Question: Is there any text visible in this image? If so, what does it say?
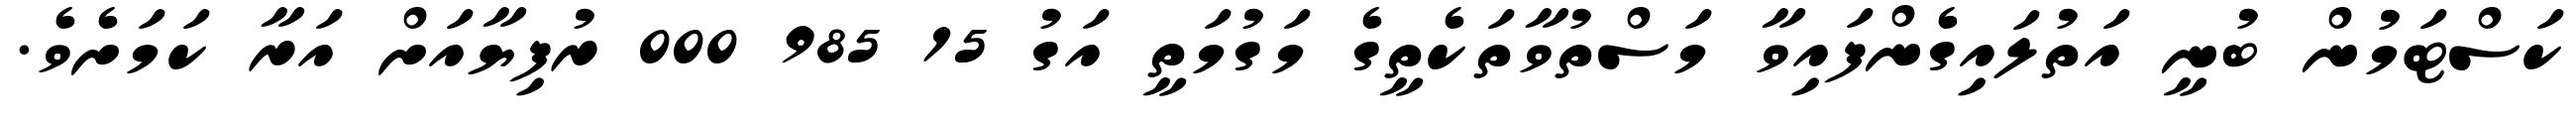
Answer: ކަސްޓަމުން ބުނީ އަތުލައިގެންފައިވާ މަސްތުވާތަކެތީގެ މަގުމަތީ އަގު 15 985 000 ރުފިޔާއަށް އަރާ ކަމަށެވެ.